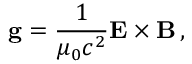
\mathbf { g } = { \frac { 1 } { \mu _ { 0 } c ^ { 2 } } } \mathbf { E } \times \mathbf { B } \, ,